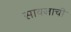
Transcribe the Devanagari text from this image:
सावजाची